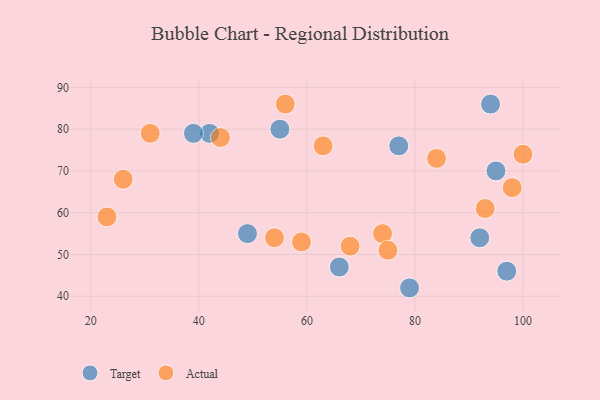
{"axis": {"x": "GDP", "y": "Life Expectancy"}, "legend": ["Actual", "Target"], "data": [{"x": "97", "y": 46, "type": "Target"}, {"x": "42", "y": 79, "type": "Target"}, {"x": "55", "y": 80, "type": "Target"}, {"x": "77", "y": 76, "type": "Target"}, {"x": "92", "y": 54, "type": "Target"}, {"x": "94", "y": 86, "type": "Target"}, {"x": "95", "y": 70, "type": "Target"}, {"x": "49", "y": 55, "type": "Target"}, {"x": "66", "y": 47, "type": "Target"}, {"x": "79", "y": 42, "type": "Target"}, {"x": "39", "y": 79, "type": "Target"}, {"x": "74", "y": 55, "type": "Actual"}, {"x": "98", "y": 66, "type": "Actual"}, {"x": "100", "y": 74, "type": "Actual"}, {"x": "84", "y": 73, "type": "Actual"}, {"x": "63", "y": 76, "type": "Actual"}, {"x": "59", "y": 53, "type": "Actual"}, {"x": "26", "y": 68, "type": "Actual"}, {"x": "93", "y": 61, "type": "Actual"}, {"x": "44", "y": 78, "type": "Actual"}, {"x": "56", "y": 86, "type": "Actual"}, {"x": "23", "y": 59, "type": "Actual"}, {"x": "75", "y": 51, "type": "Actual"}, {"x": "31", "y": 79, "type": "Actual"}, {"x": "54", "y": 54, "type": "Actual"}, {"x": "68", "y": 52, "type": "Actual"}]}